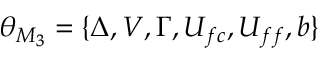
\theta _ { M _ { 3 } } = \{ \Delta , V , \Gamma , U _ { f c } , U _ { f f } , b \}